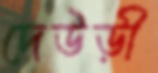
দেউড়ী